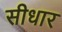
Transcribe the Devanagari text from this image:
सीधार